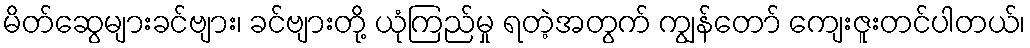
မိတ်ဆွေများခင်ဗျား၊ ခင်ဗျားတို့ ယုံကြည်မှု ရတဲ့အတွက် ကျွန်တော် ကျေးဇူးတင်ပါတယ်၊